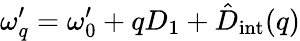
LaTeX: \omega_{q}^{\prime}=\omega_{0}^{\prime}+qD_{1}+\hat{D}_{\mathrm{int}}(q)